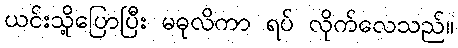
ယင်းသို့ပြောပြီး မဓုလိကာ ရပ် လိုက်လေသည်။